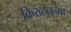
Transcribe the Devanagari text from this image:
क्रिख्टनच्या